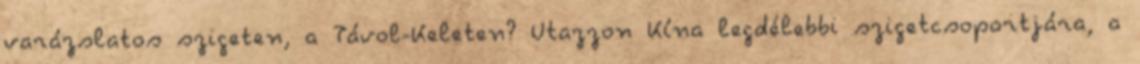
varázslatos szigeten, a Távol-Keleten? Utazzon Kína legdélebbi szigetcsoportjára, a